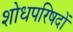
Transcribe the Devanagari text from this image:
शोधपरिषदों